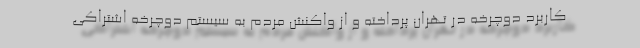
کاربرد دوچرخه در تهران پرداخته و از واکنش مردم به سیستم دوچرخه اشتراکی